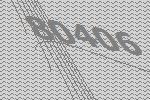
80406